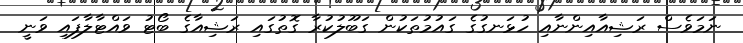
ނަމަވެސް ރަޝިއާއިންނާއި ހުޅަނގުގެ ގައުމުތަކުން ގަބޫލުކުރާ ގޮތުގައި ރަޝިއާގެ ބޯޓު ވައްޓާލާފައި ވަނީ